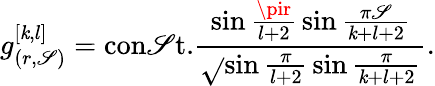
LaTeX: g_{(r,\mathscr{S})}^{[\mathit{k},l]}=\mathrm{{con\mathscr{S}t.}}{\frac{{\sin{\frac{{\pir}}{{l+2}}}\sin{\frac{{\pi\mathscr{S}}}{{\mathit{k}+l+2}}}}}{{\sqrt{}{{\sin{\frac{{\pi}}{{l+2}}}\sin{\frac{{\pi}}{{\mathit{k}+l+2}}}}}}}}.